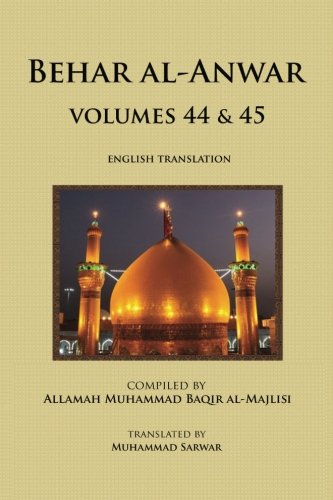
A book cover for Behar al-Anwar, Volumes 44 & 45; Allama Muhammad Baqir Majlisi; Religion & Spirituality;